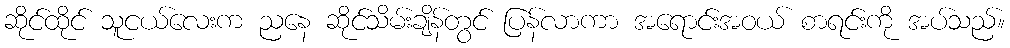
ဆိုင်ထိုင် သူငယ်လေးက ညနေ ဆိုင်သိမ်းချိန်တွင် ပြန်လာကာ အရောင်းအဝယ် စာရင်းကို အပ်သည်။